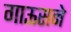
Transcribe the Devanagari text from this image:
गाऊसने